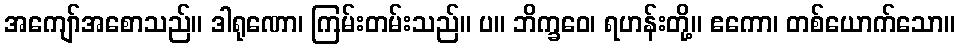
အကျော်အစောသည်။ ဒါရုဏော၊ ကြမ်းတမ်းသည်။ ပ။ ဘိက္ခဝေ၊ ရဟန်းတို့။ ဧကော၊ တစ်ယောက်သော။